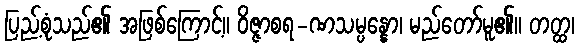
ပြည့်စုံသည်၏ အဖြစ်ကြောင့်။ ဝိဇ္ဇာစရ-ဏသမ္ပန္နော၊ မည်တော်မူ၏။ တတ္ထ၊